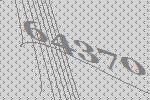
64370